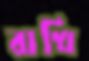
রাখি